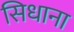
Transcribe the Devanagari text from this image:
सिधाना